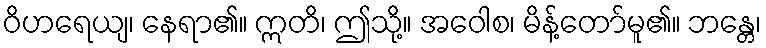
ဝိဟရေယျ၊ နေရာ၏။ ဣတိ၊ ဤသို့။ အဝေါစ၊ မိန့်တော်မူ၏။ ဘန္တေ၊